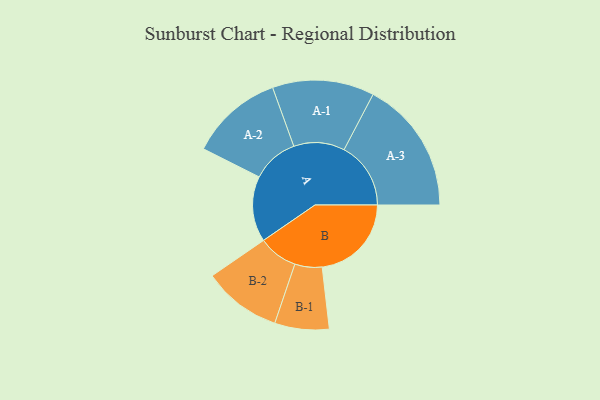
{"axis": {"x": "Segment", "y": "Value"}, "legend": ["", "A", "B"], "data": [{"x": "A", "y": 282, "type": ""}, {"x": "B", "y": 384, "type": ""}, {"x": "A-1", "y": 219, "type": "A"}, {"x": "A-2", "y": 200, "type": "A"}, {"x": "A-3", "y": 287, "type": "A"}, {"x": "B-1", "y": 117, "type": "B"}, {"x": "B-2", "y": 169, "type": "B"}]}